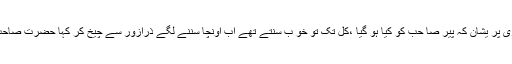
بی بی مر غی لو ،اب وہ بڑی پر یشان کہ پیر صا حب کو کیا ہو گیا ،کل تک تو خو ب سنتے تھے اب اونچا سننے لگے ذرازور سے چیخ کر کہا حضرت صاحب میرے لیے دعا کیجئے !